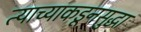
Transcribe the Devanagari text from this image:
त्याच्याकडूनसुद्धा